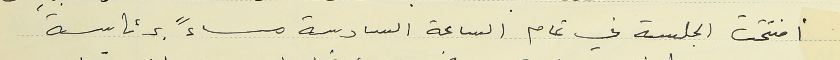
افتتحت الجلسة في تمام الساعة السادسة مساءً برئاسة